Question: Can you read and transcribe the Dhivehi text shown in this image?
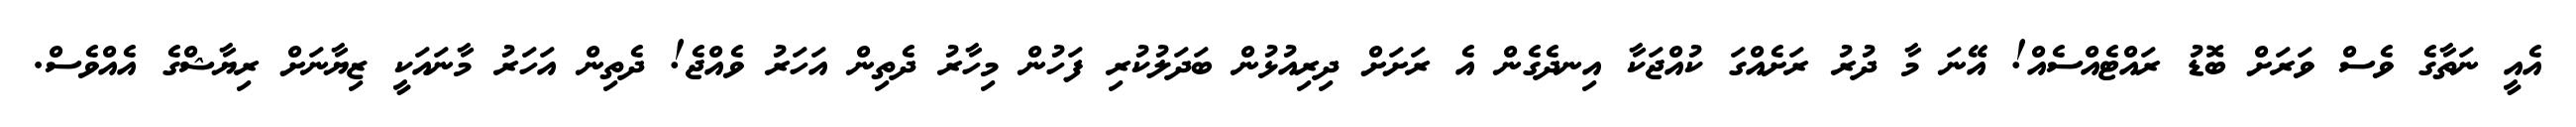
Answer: އެއީ ނަތާގެ ވެސް ވަރަށް ބޮޑު ރައްޓެއްސެއް! އޭނަ މާ ދުރު ރަށެއްގަ ކުއްޖަކާ އިނދެގެން އެ ރަށަށް ދިރިއުޅުން ބަދަލުކުރި ފަހުން މިހާރު ދެތިން އަހަރު ވެއްޖެ! ދެތިން އަހަރު މާނައަކީ ޒިޔާނަށް ރިޔާޝްގެ އެއްވެސް.